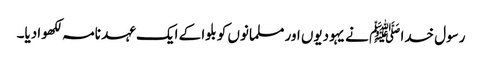
رسول خدا ﷺ نے یہودیوں اور مسلمانوں کو بلوا کے ایک عہد نامہ لکھوادیا۔